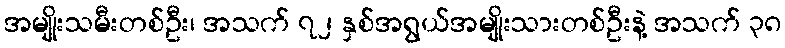
အမျိုးသမီးတစ်ဦး၊ အသက် ၇၂ နှစ်အရွယ်အမျိုးသားတစ်ဦးနဲ့ အသက် ၃၈